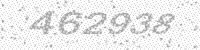
Solution: 462938